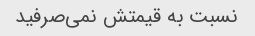
نسبت به قیمتش نمی‌صرفید